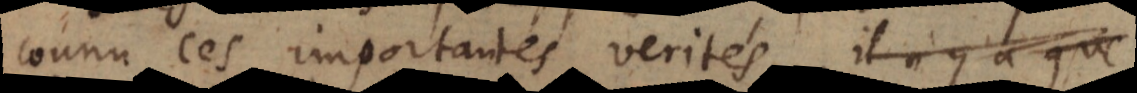
connu ces importantes verités, il n’y a